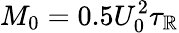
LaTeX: M_{0}=0.5U_{0}^{2}\tau_{\mathbb{R}}